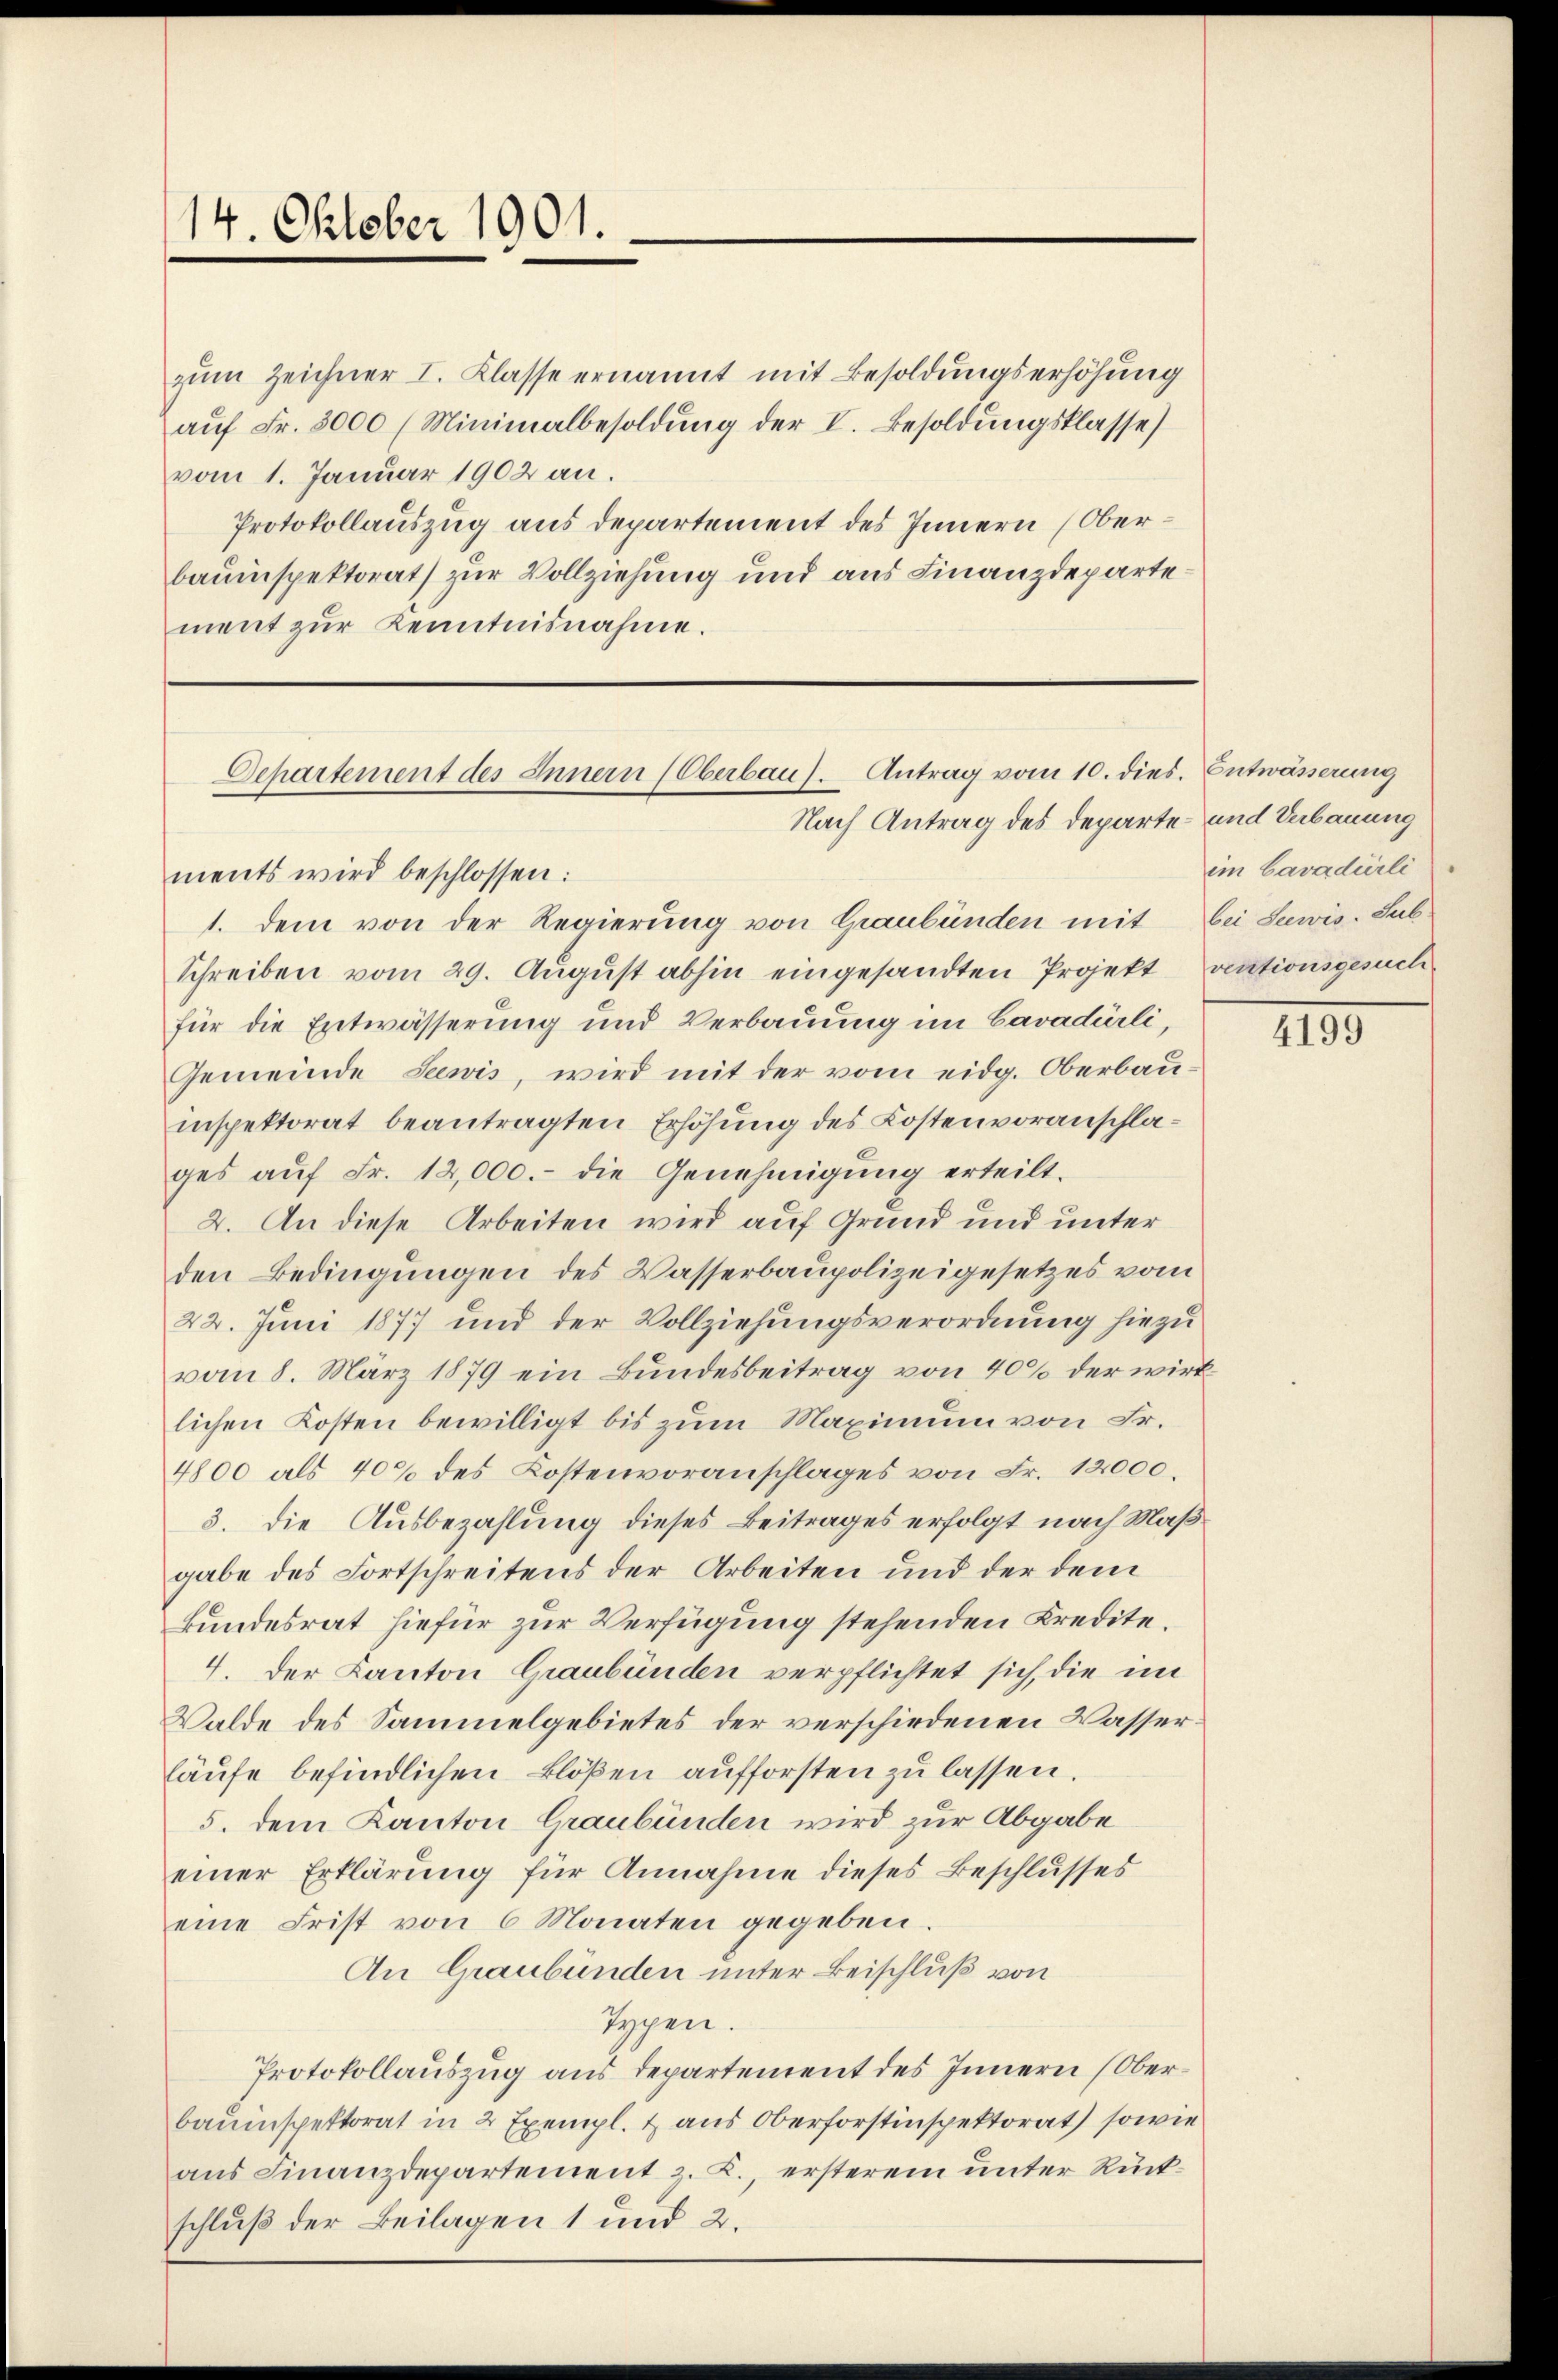
14. Oktober 1901.

zum Zeichner I. Klasse ernannt mit Besoldungserhöhung
aŭf Fr. 3000 (Minimalbesoldung der V. Besoldungsklasse)
vom 1. Januar 1902 an.
Protokollauszug aus departement des Innern (Oberbauinspektorat) zur Vollziehung und aus Finanzdeparte
ment zŭr Kenntnisnahme.

Departement des Innern (Oberbau). Antrag vom 10. dies. Entwässerung
Nach Antrag des Departe- und Verbauung

ments wird beschlossen:
1. dem von der Regierung von Graubünden mit bei Suwis-Sub-
Schreiben vom 29. August abhin eingesandten Projekt ventionsgesuch
für die Entwässerung und Verbauung im Cavadürli,
Gemeinde Seewis, wird mit der vom eidg. Oberbau-
inspektorat beantragten Erhöhung des Kostenvoranschlages aŭf Fr. 12,000.- die Genehmigŭng erteilt.
2. An diese Arbeiten wird auf Grund und unter
den Bedingungen des Wasserbaupolizeigesetzes vom
22. Juni 1877 und der Vollziehungsverordnung hiezu
vom 8. März 1879 ein Bundesbeitrag von 40% der wirklichen Kosten bewilligt bis zum Maximum von Fr.
4800 als 40% des Kostenvoranschlages von Fr. 12000.
3. die Ausbezahlung dieses Beitrages erfolgt nach Maß
gabe des Fortschreitens der Arbeiten und der dem
kundesrat hiefür zur Verfügung stehenden Kredite.
4. Der Kanton Graubünden verpflichtet sich, die im
Walde des Sammelgebietes der verschiedenen Wasserläufe befindlichen Blößen aufforsten zu lassen.
5. dem Kanton Graubünden wird zur Abgabe
einer Erklärung für Annahme dieses Beschlusses
eine Frist von 6 Monaten gegeben.
An Graubünden unter Beischluß von
Typen.
Protokollauszug aus Departement des Innern (Oberbauinspektorat in 2 Exempl. & aus Oberforstinspektorat sowie
ans Finanzdepartement z. B., ersterem unter Rückschluß der Beilagen 1 und 2.

im Cavadürli

4199